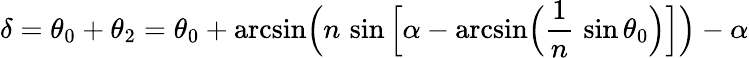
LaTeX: \delta=\theta_{0}+\theta_{2}=\theta_{0}+{\mathrm{arcsin}}{\Big(}n\, \sin{\Big[}\alpha-{\mathrm{arcsin}}{\Big(}{\frac{1}{n}}\, \sin\theta_{0}{\Big)}{\Big]}{\Big)}-\alpha